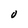
Character: O